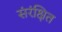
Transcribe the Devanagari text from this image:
संरंक्षित